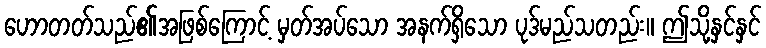
ဟောတတ်သည်၏အဖြစ်ကြောင့် မှတ်အပ်သော အနက်ရှိသော ပုဒ်မည်သတည်း။ ဤသို့နှင်နှင်